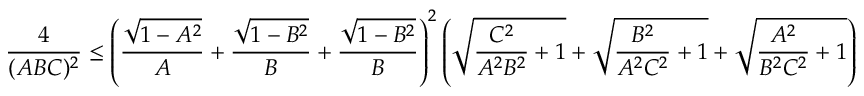
\frac { 4 } { ( A B C ) ^ { 2 } } \leq \left( \frac { \sqrt { 1 - A ^ { 2 } } } { A } + \frac { \sqrt { 1 - B ^ { 2 } } } { B } + \frac { \sqrt { 1 - B ^ { 2 } } } { B } \right) ^ { 2 } \left( \sqrt { \frac { C ^ { 2 } } { A ^ { 2 } B ^ { 2 } } + 1 } + \sqrt { \frac { B ^ { 2 } } { A ^ { 2 } C ^ { 2 } } + 1 } + \sqrt { \frac { A ^ { 2 } } { B ^ { 2 } C ^ { 2 } } + 1 } \right)